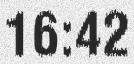
16:42